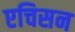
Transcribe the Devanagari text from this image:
एचिसन